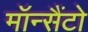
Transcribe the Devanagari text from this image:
मॉन्सैंटो